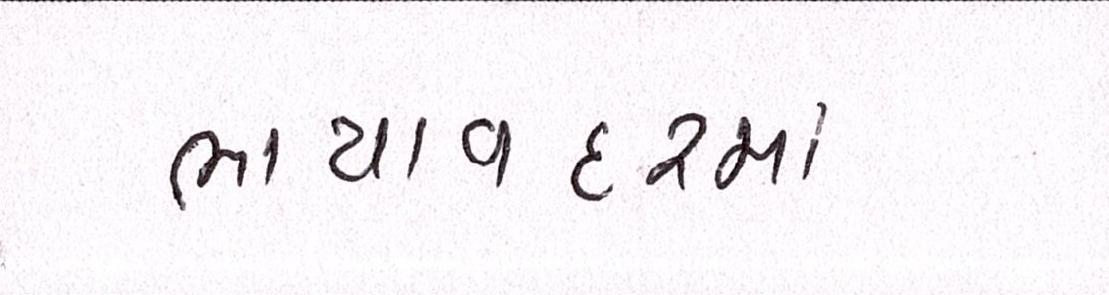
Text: ભાયાવદરમાં